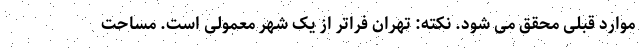
موارد قبلی محقق می شود. نکته: تهران فراتر از یک شهر معمولی است. مساحت